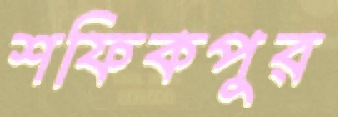
শফিকপুর